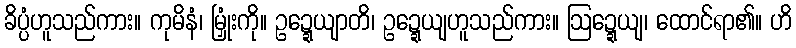
ခိပ္ပံဟူသည်ကား။ ကုမိနံ၊ မြှုံးကို။ ဥဍ္ဍေယျာတိ၊ ဥဍ္ဍေယျဟူသည်ကား။ ဩဍ္ဍေယျ၊ ထောင်ရာ၏။ ဟိ